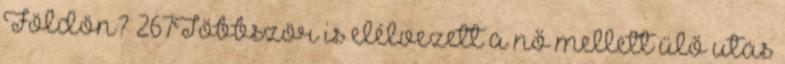
Földön? 267Többször is elélvezett a nő mellett ülő utas